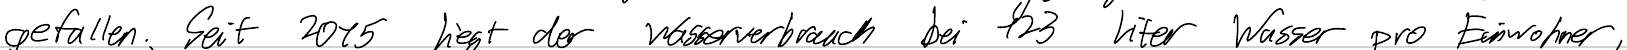
gefallen. Seit 2015 liegt der Wasserverbrauch bei 123 Liter Wasser pro Einwohner,